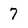
Character: 7